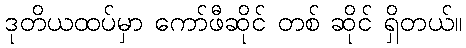
ဒုတိယထပ်မှာ ကော်ဖီဆိုင် တစ် ဆိုင် ရှိတယ်။